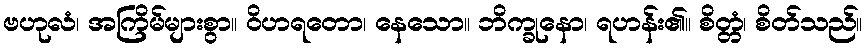
ဗဟုလံ၊ အကြိမ်များစွာ။ ဝိဟရတော၊ နေသော။ ဘိက္ခုနော၊ ရဟန်း၏။ စိတ္တံ၊ စိတ်သည်။